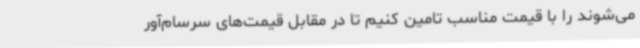
می‌شوند را با قیمت مناسب تامین کنیم تا در مقابل قیمت‌های سرسام‌آور